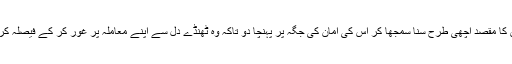
اور اس کو اللہ و رسول کی دعوت اور اس کا مقصد اچھی طرح سنا سمجھا کر اس کی امان کی جگہ پر پہنچا دو تاکہ وہ ٹھنڈے دل سے اپنے معاملہ پر غور کر کے فیصلہ کر سکے کہ وہ اسلام قبول کرتا ہے یا تلوار۔